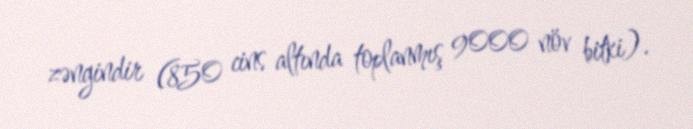
zəngindir (850 cins altında toplanmış 9000 növ bitki).